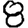
Digit: 8